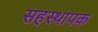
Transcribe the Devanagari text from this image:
सहस्थापक